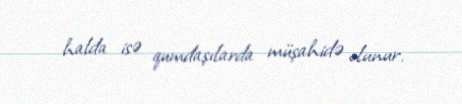
halda isə qumdaşılarda müşahidə olunur.